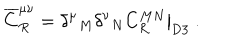
{ \overline { { C } } } _ { R } ^ { \mu \nu } = \left. { \delta ^ { \mu } } _ { M } { \delta ^ { \nu } } _ { N } C _ { R } ^ { M N } \right| _ { \mathrm { D 3 } } ~ .